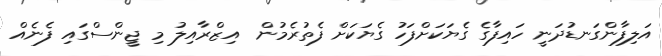
އަލިފާންގަނޑުދަނީ ހައިފާގެ ގެޔަކަށްފަހު ގެޔަކަށް ފެތުރެމުން  އިޒްރާއިލު މި ޖީންސްގައި ފެނެއް